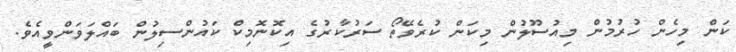
ކަން މިހެން ހުރުމުން މިއުސޫލުން މިކަން ކުރެވޭތޯ ސަރުކާރުގެ އިކޮނޮމިކް ކައުންސިލުން ބައްލަވަންވީއެވެ.